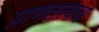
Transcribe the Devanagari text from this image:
प्राणतत्त्वच